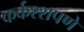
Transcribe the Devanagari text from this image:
कर्कश्शपणे